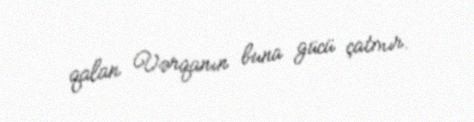
qalan Vərqanın buna gücü çatmır.